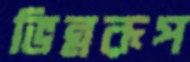
ভিন্নরূপ